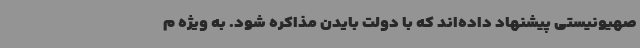
صهیونیستی پیشنهاد داده‌اند که با دولت بایدن مذاکره شود. به ویژه م